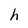
Character: h